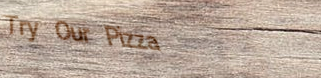
Try Our Pizza